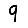
Digit: 9